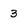
Character: 3